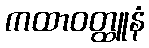
ကထာဝတ္ထူနံ